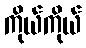
ကိုယ်ကိုယ်